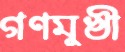
গণমুখী